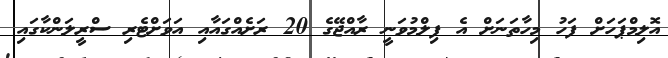
އޮލިމްޕަހަށް ފަހު މިހާތަނަށް އެ ފިލްމުވަނީ ރާއްޖޭގެ 20 ރަށެއްގައާއި އަވަށްޓެރި ސްރީލަންކާގައި